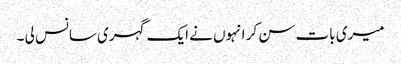
میری بات سن کر انہوں نے ایک گہری سانس لی ۔